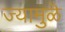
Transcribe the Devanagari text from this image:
ज्यामुळॆ